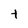
Character: t